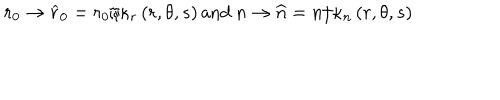
LaTeX: r _ { 0 } \rightarrow \widehat { r } _ { 0 } = r _ { 0 } / \kappa _ { r } \left( r , \theta , s \right) \mathrm { a n d ~ } n \rightarrow \widehat { n } = n / \kappa _ { n } \left( r , \theta , s \right)